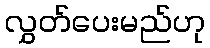
လွှတ်ပေးမည်ဟု